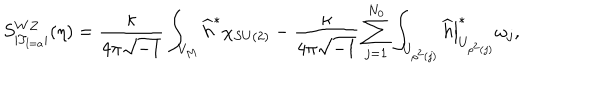
S _ { | T _ { l = a } | } ^ { W Z } ( \eta ) = \frac { \kappa } { 4 \pi \sqrt { - 1 } } \int _ { V _ { M } } \widehat { h } ^ { \ast } \chi _ { S U ( 2 ) } - \frac { \kappa } { 4 \pi \sqrt { - 1 } } \sum _ { j = 1 } ^ { N _ { 0 } } \int _ { U _ { \rho ^ { 2 } ( j ) } } \left. \widehat { h } \right| _ { U _ { \rho ^ { 2 } ( j ) } } ^ { \ast } \omega _ { j } ,